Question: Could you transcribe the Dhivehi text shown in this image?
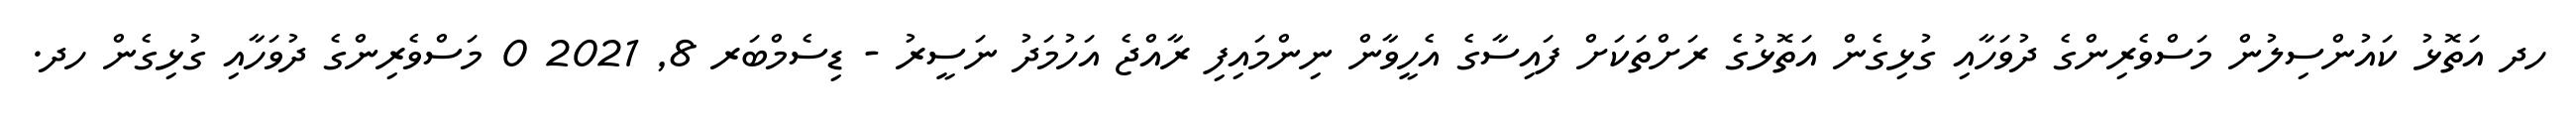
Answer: ހދ އަތޮޅު ކައުންސިލުން މަސްވެރިންގެ ދުވަހާއި ގުޅިގެން އަތޮޅުގެ ރަށްތަކަށް ފައިސާގެ އެހީވާން ނިންމައިފި ރާއްޖެ އަހުމަދު ނަސީރު - ޑިސެމްބަރ 8, 2021 0 މަސްވެރިންގެ ދުވަހާއި ގުޅިގެން ހދ.